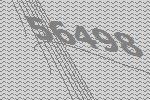
56498